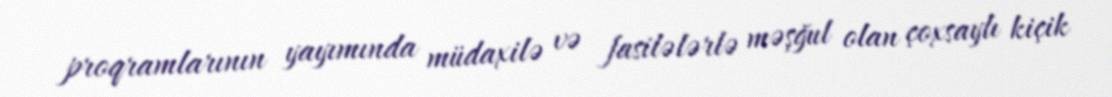
proqramlarının yayımında müdaxilə və fasilələrlə məşğul olan çoxsaylı kiçik